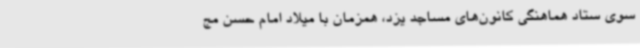
سوی ستاد هماهنگی کانون‌های مساجد یزد، همزمان با میلاد امام حسن مج